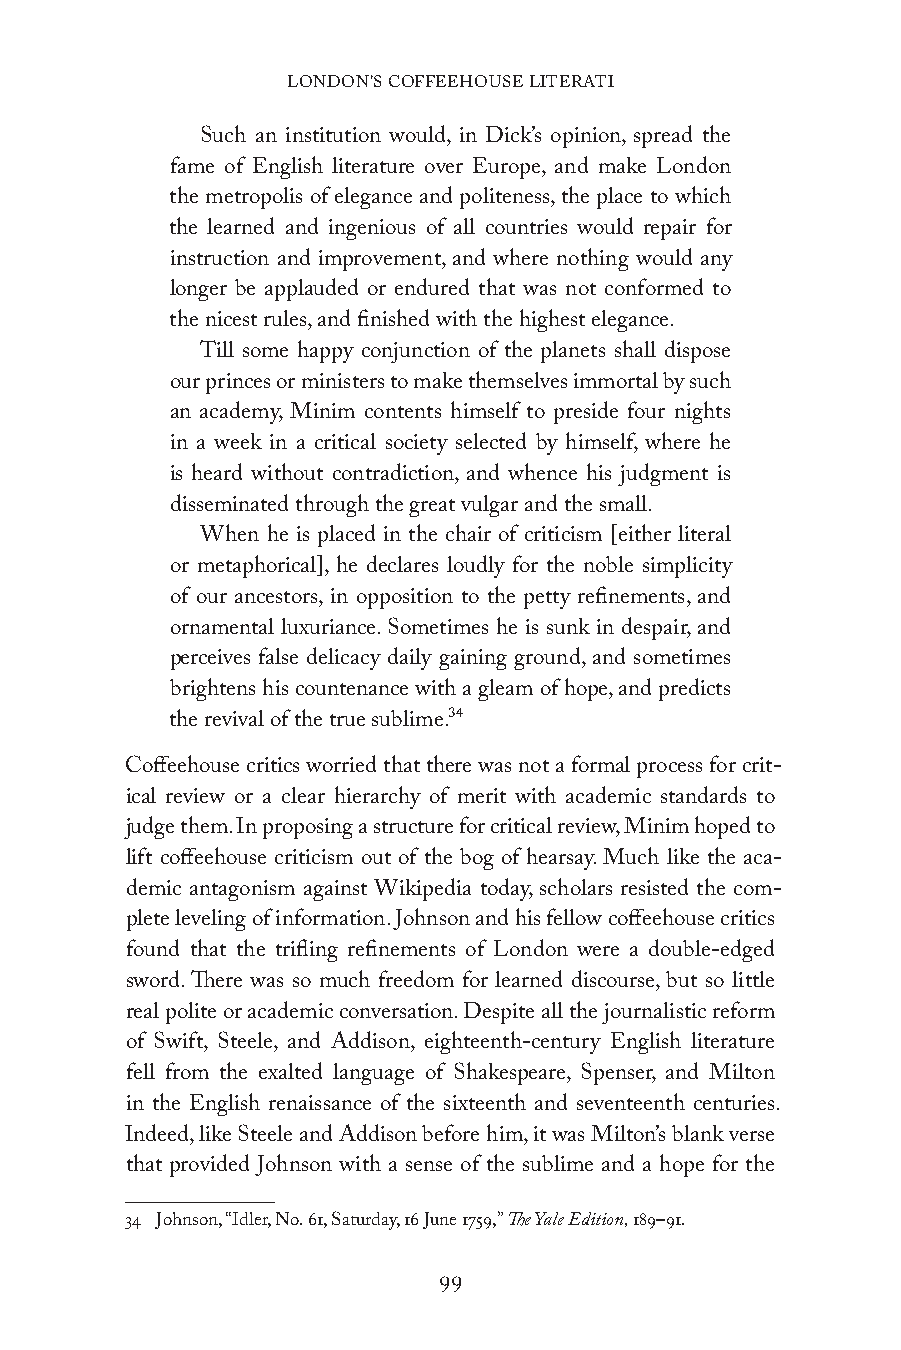
LONDON’S COFFEEHOUSE LITERATI
 Such an institution would, in Dick’s opinion, spread the
 fame of English literature over Europe, and make London
 the metropolis of elegance and politeness, the place to which
 the learned and ingenious of all countries would repair for
 instruction and improvement, and where nothing would any
 longer be applauded or endured that was not conformed to
 the nicest rules, and finished with the highest elegance.
 Till some happy conjunction of the planets shall dispose
 our princes or ministers to make themselves immortal by such
 an academy, Minim contents himself to preside four nights
 in a week in a critical society selected by himself, where he
 is heard without contradiction, and whence his judgment is
 disseminated through the great vulgar and the small.
 When he is placed in the chair of criticism [either literal
 or metaphorical], he declares loudly for the noble simplicity
 of our ancestors, in opposition to the petty refinements, and
 ornamental luxuriance. Sometimes he is sunk in despair, and
 perceives false delicacy daily gaining ground, and sometimes
 brightens his countenance with a gleam of hope, and predicts
 the revival of the true sublime.34
 Coffeehouse critics worried that there was not a formal process for crit-
 ical review or a clear hierarchy of merit with academic standards to
 judge them. In proposing a structure for critical review, Minim hoped to
 lift coffeehouse criticism out of the bog of hearsay. Much like the aca-
 demic antagonism against Wikipedia today, scholars resisted the com-
 plete leveling of information. Johnson and his fellow coffeehouse critics
 found that the trifling refinements of London were a double-edged
 sword. There was so much freedom for learned discourse, but so little
 real polite or academic conversation. Despite all the journalistic reform
 of Swift, Steele, and Addison, eighteenth-century English literature
 fell from the exalted language of Shakespeare, Spenser, and Milton
 in the English renaissance of the sixteenth and seventeenth centuries.
 Indeed, like Steele and Addison before him, it was Milton’s blank verse
 that provided Johnson with a sense of the sublime and a hope for the
 34 Johnson, “Idler, No. 61, Saturday, 16 June 1759,” The Yale Edition, 189–91.
 99